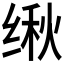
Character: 𬘴